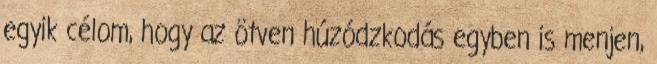
egyik célom, hogy az ötven húzódzkodás egyben is menjen,